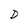
Character: D